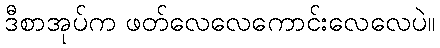
ဒီစာအုပ်က ဖတ်လေလေကောင်းလေလေပဲ။